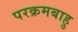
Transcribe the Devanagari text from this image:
परक्रमबाहु